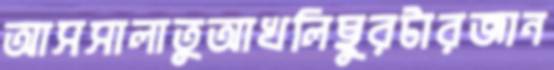
আসসালাতুআখলিছুরটারজান